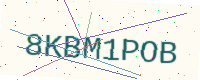
Text: 8KBM1POB